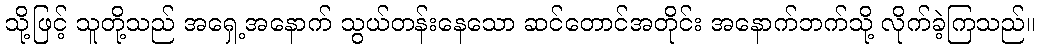
သို့ဖြင့် သူတို့သည် အရှေ့အနောက် သွယ်တန်းနေသော ဆင်တောင်အတိုင်း အနောက်ဘက်သို့ လိုက်ခဲ့ကြသည်။